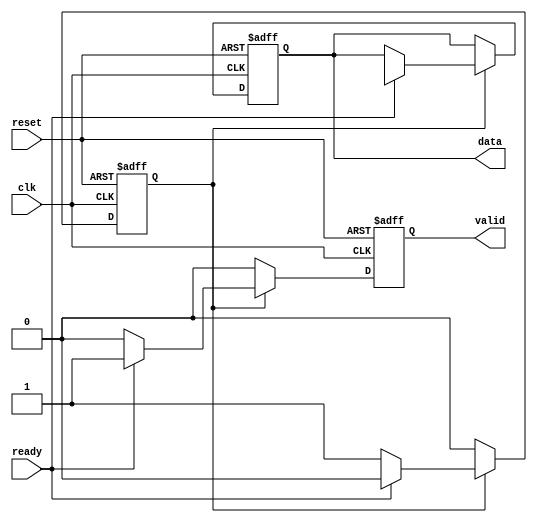
module producer(
    input wire clk,
    input wire reset,
    output reg valid,
    output reg [7:0] data,  // Assuming 8-bit data bus
    input wire ready
);
    reg [7:0] data_buffer; // Buffer for data to be sent
    reg data_available;     // Flag to indicate new data available

    always @(posedge clk or posedge reset) begin
        if (reset) begin
            valid <= 0;
            data <= 8'b0;
            data_available <= 0;
        end else begin
            if (data_available) begin
                if (ready) begin
                    valid <= 1;          // Assert valid if ready is high
                    data <= data_buffer; // Send data
                    data_available <= 0; // Clear the data available flag
                end else begin
                    valid <= 0;          // De-assert valid if not ready
                end
            end else begin
                valid <= 0;              // No data available to send
                // Logic to load new data into data_buffer
                // For example, after some condition or timer
                // data_buffer <= ...; // Load new data
                // data_available <= 1; // Indicate new data is available
            end
        end
    end
endmodule